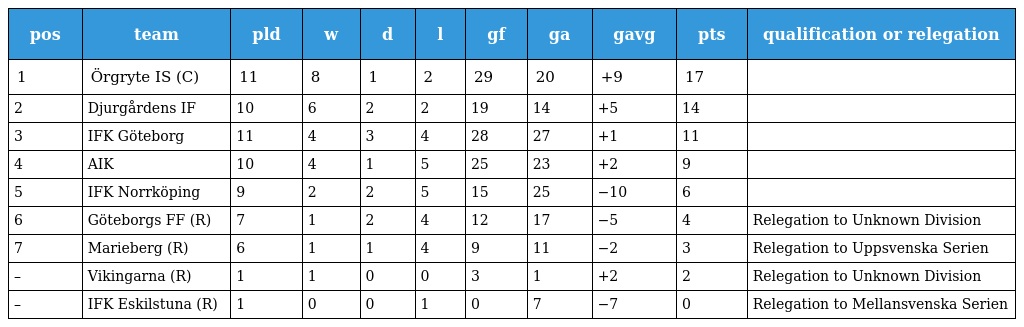
| pos | team | pld | w | d | l | gf | ga | gavg | pts | qualification or relegation |
 | --- | --- | --- | --- | --- | --- | --- | --- | --- | --- | --- |
 | 1 | Örgryte IS (C) | 11 | 8 | 1 | 2 | 29 | 20 | +9 | 17 |  |
 | 2 | Djurgårdens IF | 10 | 6 | 2 | 2 | 19 | 14 | +5 | 14 |  |
 | 3 | IFK Göteborg | 11 | 4 | 3 | 4 | 28 | 27 | +1 | 11 |  |
 | 4 | AIK | 10 | 4 | 1 | 5 | 25 | 23 | +2 | 9 |  |
 | 5 | IFK Norrköping | 9 | 2 | 2 | 5 | 15 | 25 | −10 | 6 |  |
 | 6 | Göteborgs FF (R) | 7 | 1 | 2 | 4 | 12 | 17 | −5 | 4 | Relegation to Unknown Division |
 | 7 | Marieberg (R) | 6 | 1 | 1 | 4 | 9 | 11 | −2 | 3 | Relegation to Uppsvenska Serien |
 | – | Vikingarna (R) | 1 | 1 | 0 | 0 | 3 | 1 | +2 | 2 | Relegation to Unknown Division |
 | – | IFK Eskilstuna (R) | 1 | 0 | 0 | 1 | 0 | 7 | −7 | 0 | Relegation to Mellansvenska Serien |